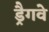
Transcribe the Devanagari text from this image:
ड्रैगवे